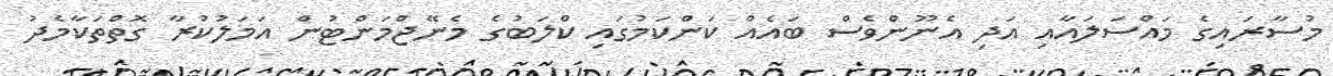
މުސާރައިގެ މައްސަލައާއި އަދި އެނޫންވެސް ބައެއް ކަންކަމުގައި ކްލަބުގެ މެނޭޖްމަންޓުން އަމަލުކުރާ ގޮތްތަކާމެދު